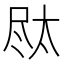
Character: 𪨐